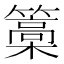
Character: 𮆥